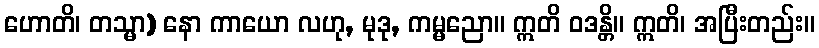
ဟောတိ၊ တသ္မာ) နော ကာယော လဟု, မုဒု, ကမ္မညော။ ဣတိ ဝဒန္တိ။ ဣတိ၊ အပြီးတည်း။